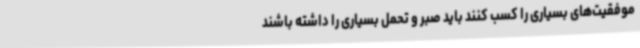
موفقیت‌های بسیاری را کسب کنند باید صبر و تحمل بسیاری را داشته باشند